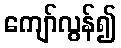
ကျော်လွန်၍